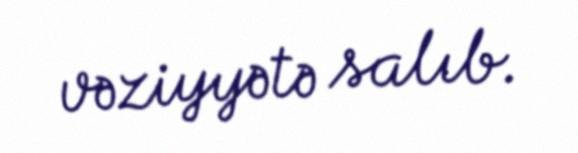
vəziyyətə salıb.